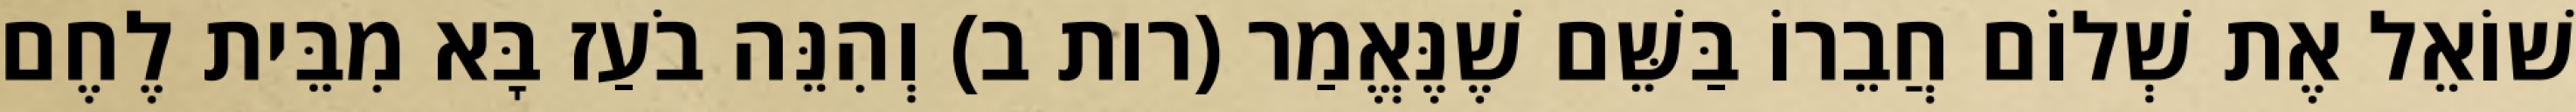
שׁוֹאֵל אֶת שְׁלוֹם חֲבֵרוֹ בַּשֵּׁם שֶׁנֶּאֱמַר (רות ב) וְהִנֵּה בֹעַז בָּא מִבֵּית לֶחֶם